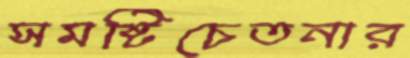
সমষ্টিচেতনার